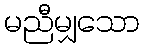
မညီမျှသော